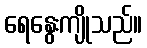
ရေနွေးကျိုသည်။